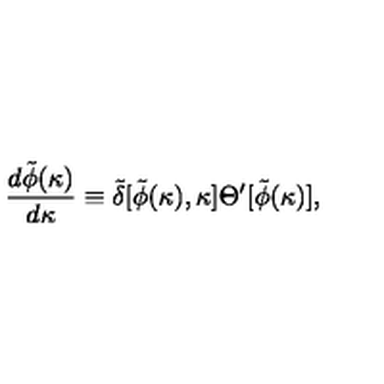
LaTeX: { \frac { d \tilde { \phi } ( \kappa ) } { d \kappa } } \equiv \tilde { \delta } [ \tilde { \phi } ( \kappa ) , \kappa ] \Theta ^ { \prime } [ \tilde { \phi } ( \kappa ) ] ,